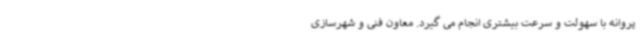
پروانه با سهولت و سرعت بیشتری انجام می گیرد. معاون فنی و شهرسازی